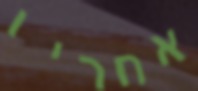
אחריו